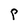
Character: P